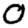
Digit: 0